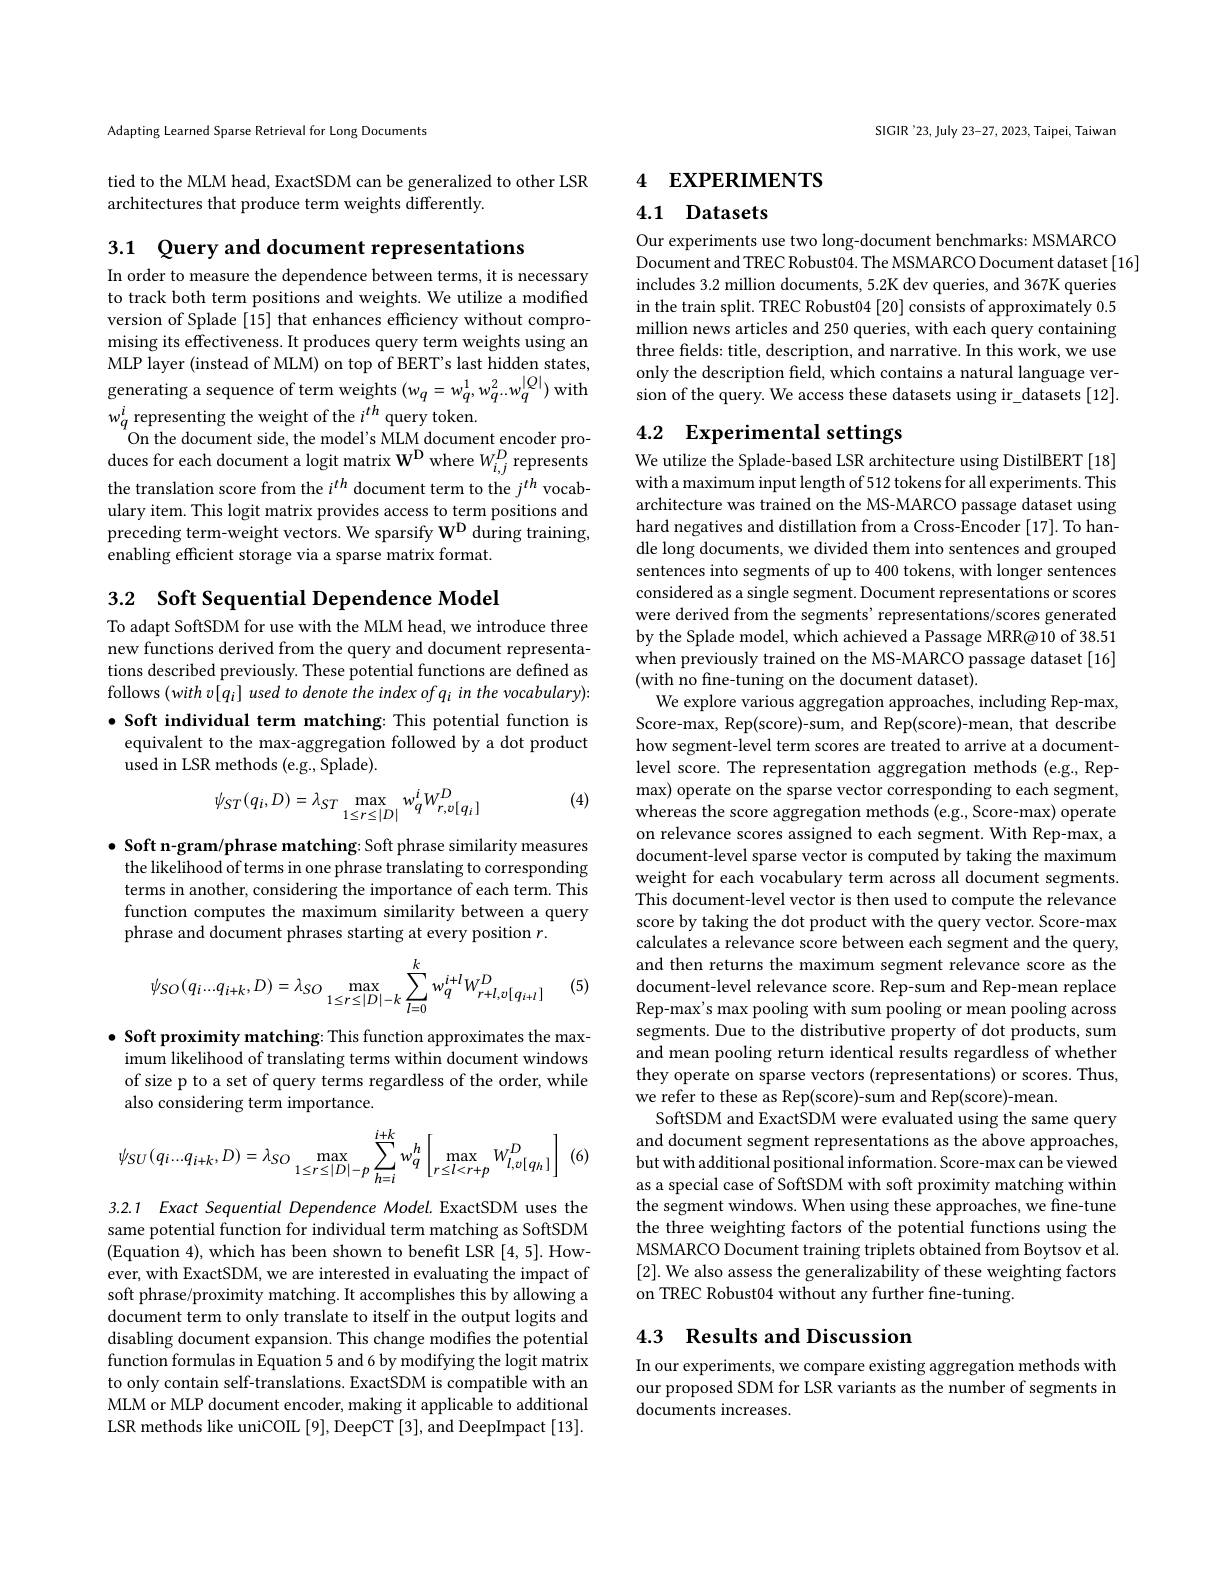
Adapting Learned Sparse Retrieval for Long Documents

tied to the MLM head, ExactSDM can be generalized to other LSR
architectures that produce term weights differently.

3.1 Query and document representations

In order to measure the dependence between terms, it is necessary to track both term positions and weights. We utilize a modified version of Splade [15] that enhances efficiency without compromising its effectiveness. It produces query term weights using an MLP layer (instead of MLM) on top of BERT's last hidden states, generating a sequence of term weights $(w_q=w_q^{1},w_q^{2}..w_q^{|Q|})$ with $w_{q}^{i}$representing the weight of the $i^th$ query token.
On the document side, the model's MLM document encoder produces for each document a logit matrix W$^\mathrm{D}$ where $W_i,j^D$ represents the translation score from the $i^{th}$ document term to the $j^{th}$ vocabulary item. This logit matrix provides access to term positions and preceding term-weight vectors. We sparsify W$^\mathrm{D}$ during training, enabling effcient storage via a sparse matrix format.

3.2 $\textbf{Soft Sequential Dependence Model}$

To adapt SoftSDM for use with the MLM head, we introduce three new functions derived from the query and document representations described previously. These potential functions are defined as follows $(withv[q_i]$ used to denote the index of qi in the vocabulary): $\bullet$ Soft individual term matching: This potential function is equivalent to the max-aggregation followed by a dot product used in LSR methods (e.g., Splade).

(4)
$$\psi_{ST}(q_{i},D)=\lambda_{ST}\max_{1\leq r\leq|D|}w_{q}^{i}W_{r,v[q_{i}]}^{D}$$
$\bullet$ Soft n-gram/phrase matching: Soft phrase similarity measures the likelihood of terms in one phrase translating to corresponding terms in another, considering the importance of each term. This function computes the maximum similarity between a query phrase and document phrases starting at every position $r.$
$$\psi_{SO}(q_i...q_{i+k},D)=\lambda_{SO}\max_{1\leq r\leq|D|-k}\sum_{l=0}^{k}w_{q}^{i+l}W_{r+l,v[\:q_{i+l}\:]}^{D}$$
(5)

$\bullet$ Soft proximity matching: This function approximates the max-
imum likelihood of translating terms within document windows of size p to a set of query terms regardless of the order, while also considering term importance.

(6)
$$\psi_{SU}(q_{i}...q_{i+k},D)=\lambda_{SO}\max_{1\leq r\leq|D|-p}\sum_{h=i}^{i+k}w_{q}^{h}\left[\max_{r\leq l<r+p}W_{l,v[q_{h}]}^{D}\right]$$
3.2.1 Exact Sequential Dependence Model. ExactSDM uses the

same potential function for individual term matching as SoftSDM (Equation 4), which has been shown to benefit LSR [4,5]. However, with ExactSDM, we are interested in evaluating the impact of soft phrase/proximity matching. It accomplishes this by allowing a document term to only translate to itself in the output logits and disabling document expansion. This change modifies the potential function formulas in Equation 5 and 6 by modifying the logit matrix to only contain self-translations. ExactSDM is compatible with an MLM or MLP document encoder, making it applicable to additional LSR methods like uniCOIL [9], DeepCT [3], and DeepImpact [13].

SIGIR '23, July 23-27, 2023, Taipei, Taiwan

# 4 EXPERIMENTS

## 4.1 Datasets

Our experiments use two long-document benchmarks: MSMARCO
Document and TREC Robust04. The MSMARCO Document dataset[16]
includes 3.2 million documents, 5.2K dev queries, and 367K queries in the train split. TREC Robust04 [20] consists of approximately 0.5 million news articles and 250 queries, with each query containing three fields: title, description, and narrative. In this work, we use only the description field, which contains a natural language version of the query. We access these datasets using ir\_datasets~[12].

# 4.2 Experimental settings

We utilize the Splade-based LSR architecture using DistilBERT [18] with a maximum input length of 512 tokens for all experiments. This architecture was trained on the MS-MARCO passage dataset using hard negatives and distillation from a Cross-Encoder [17]. To handle long documents, we divided them into sentences and grouped sentences into segments of up to 400 tokens, with longer sentences considered as a single segment. Document representations or scores were derived from the segments'representations/scores generated by the Splade model, which achieved a Passage MRR@10 of 38.51 when previously trained on the MS-MARCO passage dataset [16] (with no fine-tuning on the document dataset).
We explore various aggregation approaches, including Rep-max, Score-max, Rep(score)-sum, and Rep(score)-mean, that describe how segment-level term scores are treated to arrive at a documentlevel score. The representation aggregation methods (e.g., Repmax) operate on the sparse vector corresponding to each segment, whereas the score aggregation methods (e.g., Score-max) operate on relevance scores assigned to each segment. With Rep-max, a document-level sparse vector is computed by taking the maximum weight for each vocabulary term across all document segments. This document-level vector is then used to compute the relevance score by taking the dot product with the query vector. Score-max calculates a relevance score between each segment and the query, and then returns the maximum segment relevance score as the document-level relevance score. Rep-sum and Rep-mean replace Rep-max's max pooling with sum pooling or mean pooling across segments. Due to the distributive property of dot products, sum and mean pooling return identical results regardless of whether they operate on sparse vectors (representations) or scores. Thus, we refer to these as Rep(score)-sum and Rep(score)-mean.
SoftSDM and ExactSDM were evaluated using the same query and document segment representations as the above approaches, but with additional positional information. Score-max can be viewed as a special case of SoftSDM with soft proximity matching within the segment windows. When using these approaches, we fine-tune the three weighting factors of the potential functions using the MSMARCO Document training triplets obtained from Boytsov et al. [2]. We also assess the generalizability of these weighting factors on TREC Robust04 without any further fine-tuning.

## 4.3 Results and Discussion

In our experiments, we compare existing aggregation methods with our proposed SDM for LSR variants as the number of segments in documents increases.